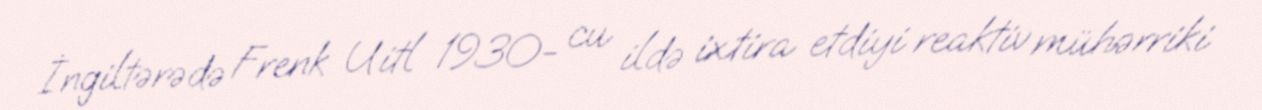
İngiltərədə Frenk Uitl 1930- cu ildə ixtira etdiyi reaktiv mühərriki